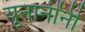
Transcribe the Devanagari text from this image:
यूनानींनी